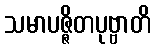
သမာပဇ္ဇိတပုဗ္ဗာတိ